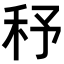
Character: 𥝱